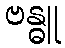
ဗန္ဓူ